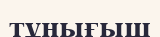
тұңығыш